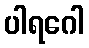
ပါရဂေါ